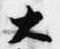
大